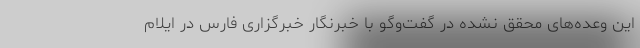
این وعده‌های محقق نشده در گفت‌وگو با خبرنگار خبرگزاری فارس در ایلام